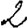
Digit: 2